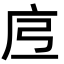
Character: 𭙗